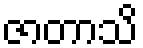
ဇာတာသိ